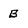
Character: B